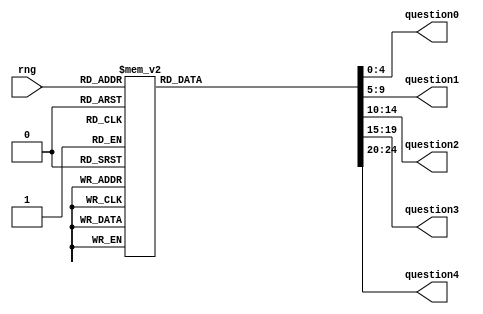
/*
   This file was generated automatically by Alchitry Labs version 1.2.7.
   Do not edit this file directly. Instead edit the original Lucid source.
   This is a temporary file and any changes made to it will be destroyed.
*/

module difficulty2_17 (
    input [3:0] rng,
    output reg [4:0] question0,
    output reg [4:0] question1,
    output reg [4:0] question2,
    output reg [4:0] question3,
    output reg [4:0] question4
  );
  
  
  
  always @* begin
    
    case (rng)
      default: begin
        question0 = 5'h0c;
        question1 = 5'h05;
        question2 = 5'h0d;
        question3 = 5'h15;
        question4 = 5'h12;
      end
      4'h0: begin
        question0 = 5'h0c;
        question1 = 5'h05;
        question2 = 5'h0d;
        question3 = 5'h15;
        question4 = 5'h12;
      end
      4'h1: begin
        question0 = 5'h08;
        question1 = 5'h19;
        question2 = 5'h05;
        question3 = 5'h0e;
        question4 = 5'h01;
      end
      4'h2: begin
        question0 = 5'h08;
        question1 = 5'h09;
        question2 = 5'h10;
        question3 = 5'h10;
        question4 = 5'h0f;
      end
      4'h3: begin
        question0 = 5'h10;
        question1 = 5'h12;
        question2 = 5'h01;
        question3 = 5'h17;
        question4 = 5'h0e;
      end
      4'h4: begin
        question0 = 5'h0f;
        question1 = 5'h0b;
        question2 = 5'h01;
        question3 = 5'h10;
        question4 = 5'h09;
      end
      4'h5: begin
        question0 = 5'h14;
        question1 = 5'h01;
        question2 = 5'h10;
        question3 = 5'h09;
        question4 = 5'h12;
      end
      4'h6: begin
        question0 = 5'h0c;
        question1 = 5'h0c;
        question2 = 5'h01;
        question3 = 5'h0d;
        question4 = 5'h01;
      end
      4'h7: begin
        question0 = 5'h13;
        question1 = 5'h0b;
        question2 = 5'h15;
        question3 = 5'h0e;
        question4 = 5'h0b;
      end
      4'h8: begin
        question0 = 5'h02;
        question1 = 5'h09;
        question2 = 5'h13;
        question3 = 5'h0f;
        question4 = 5'h0e;
      end
      4'h9: begin
        question0 = 5'h0c;
        question1 = 5'h05;
        question2 = 5'h05;
        question3 = 5'h03;
        question4 = 5'h08;
      end
      4'ha: begin
        question0 = 5'h13;
        question1 = 5'h11;
        question2 = 5'h15;
        question3 = 5'h09;
        question4 = 5'h04;
      end
      4'hb: begin
        question0 = 5'h07;
        question1 = 5'h05;
        question2 = 5'h03;
        question3 = 5'h0b;
        question4 = 5'h0f;
      end
      4'hc: begin
        question0 = 5'h13;
        question1 = 5'h0e;
        question2 = 5'h01;
        question3 = 5'h09;
        question4 = 5'h0c;
      end
      4'hd: begin
        question0 = 5'h03;
        question1 = 5'h12;
        question2 = 5'h01;
        question3 = 5'h0e;
        question4 = 5'h05;
      end
      4'he: begin
        question0 = 5'h13;
        question1 = 5'h17;
        question2 = 5'h09;
        question3 = 5'h0e;
        question4 = 5'h05;
      end
      4'hf: begin
        question0 = 5'h12;
        question1 = 5'h01;
        question2 = 5'h16;
        question3 = 5'h05;
        question4 = 5'h0e;
      end
    endcase
  end
endmodule